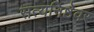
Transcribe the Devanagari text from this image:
सत्यनिष्ठेवर